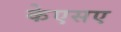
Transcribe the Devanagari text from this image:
केएसए